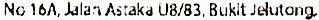
NO 16A, JALAN ASTAKA U8/83, BUKIT JELUTONG,